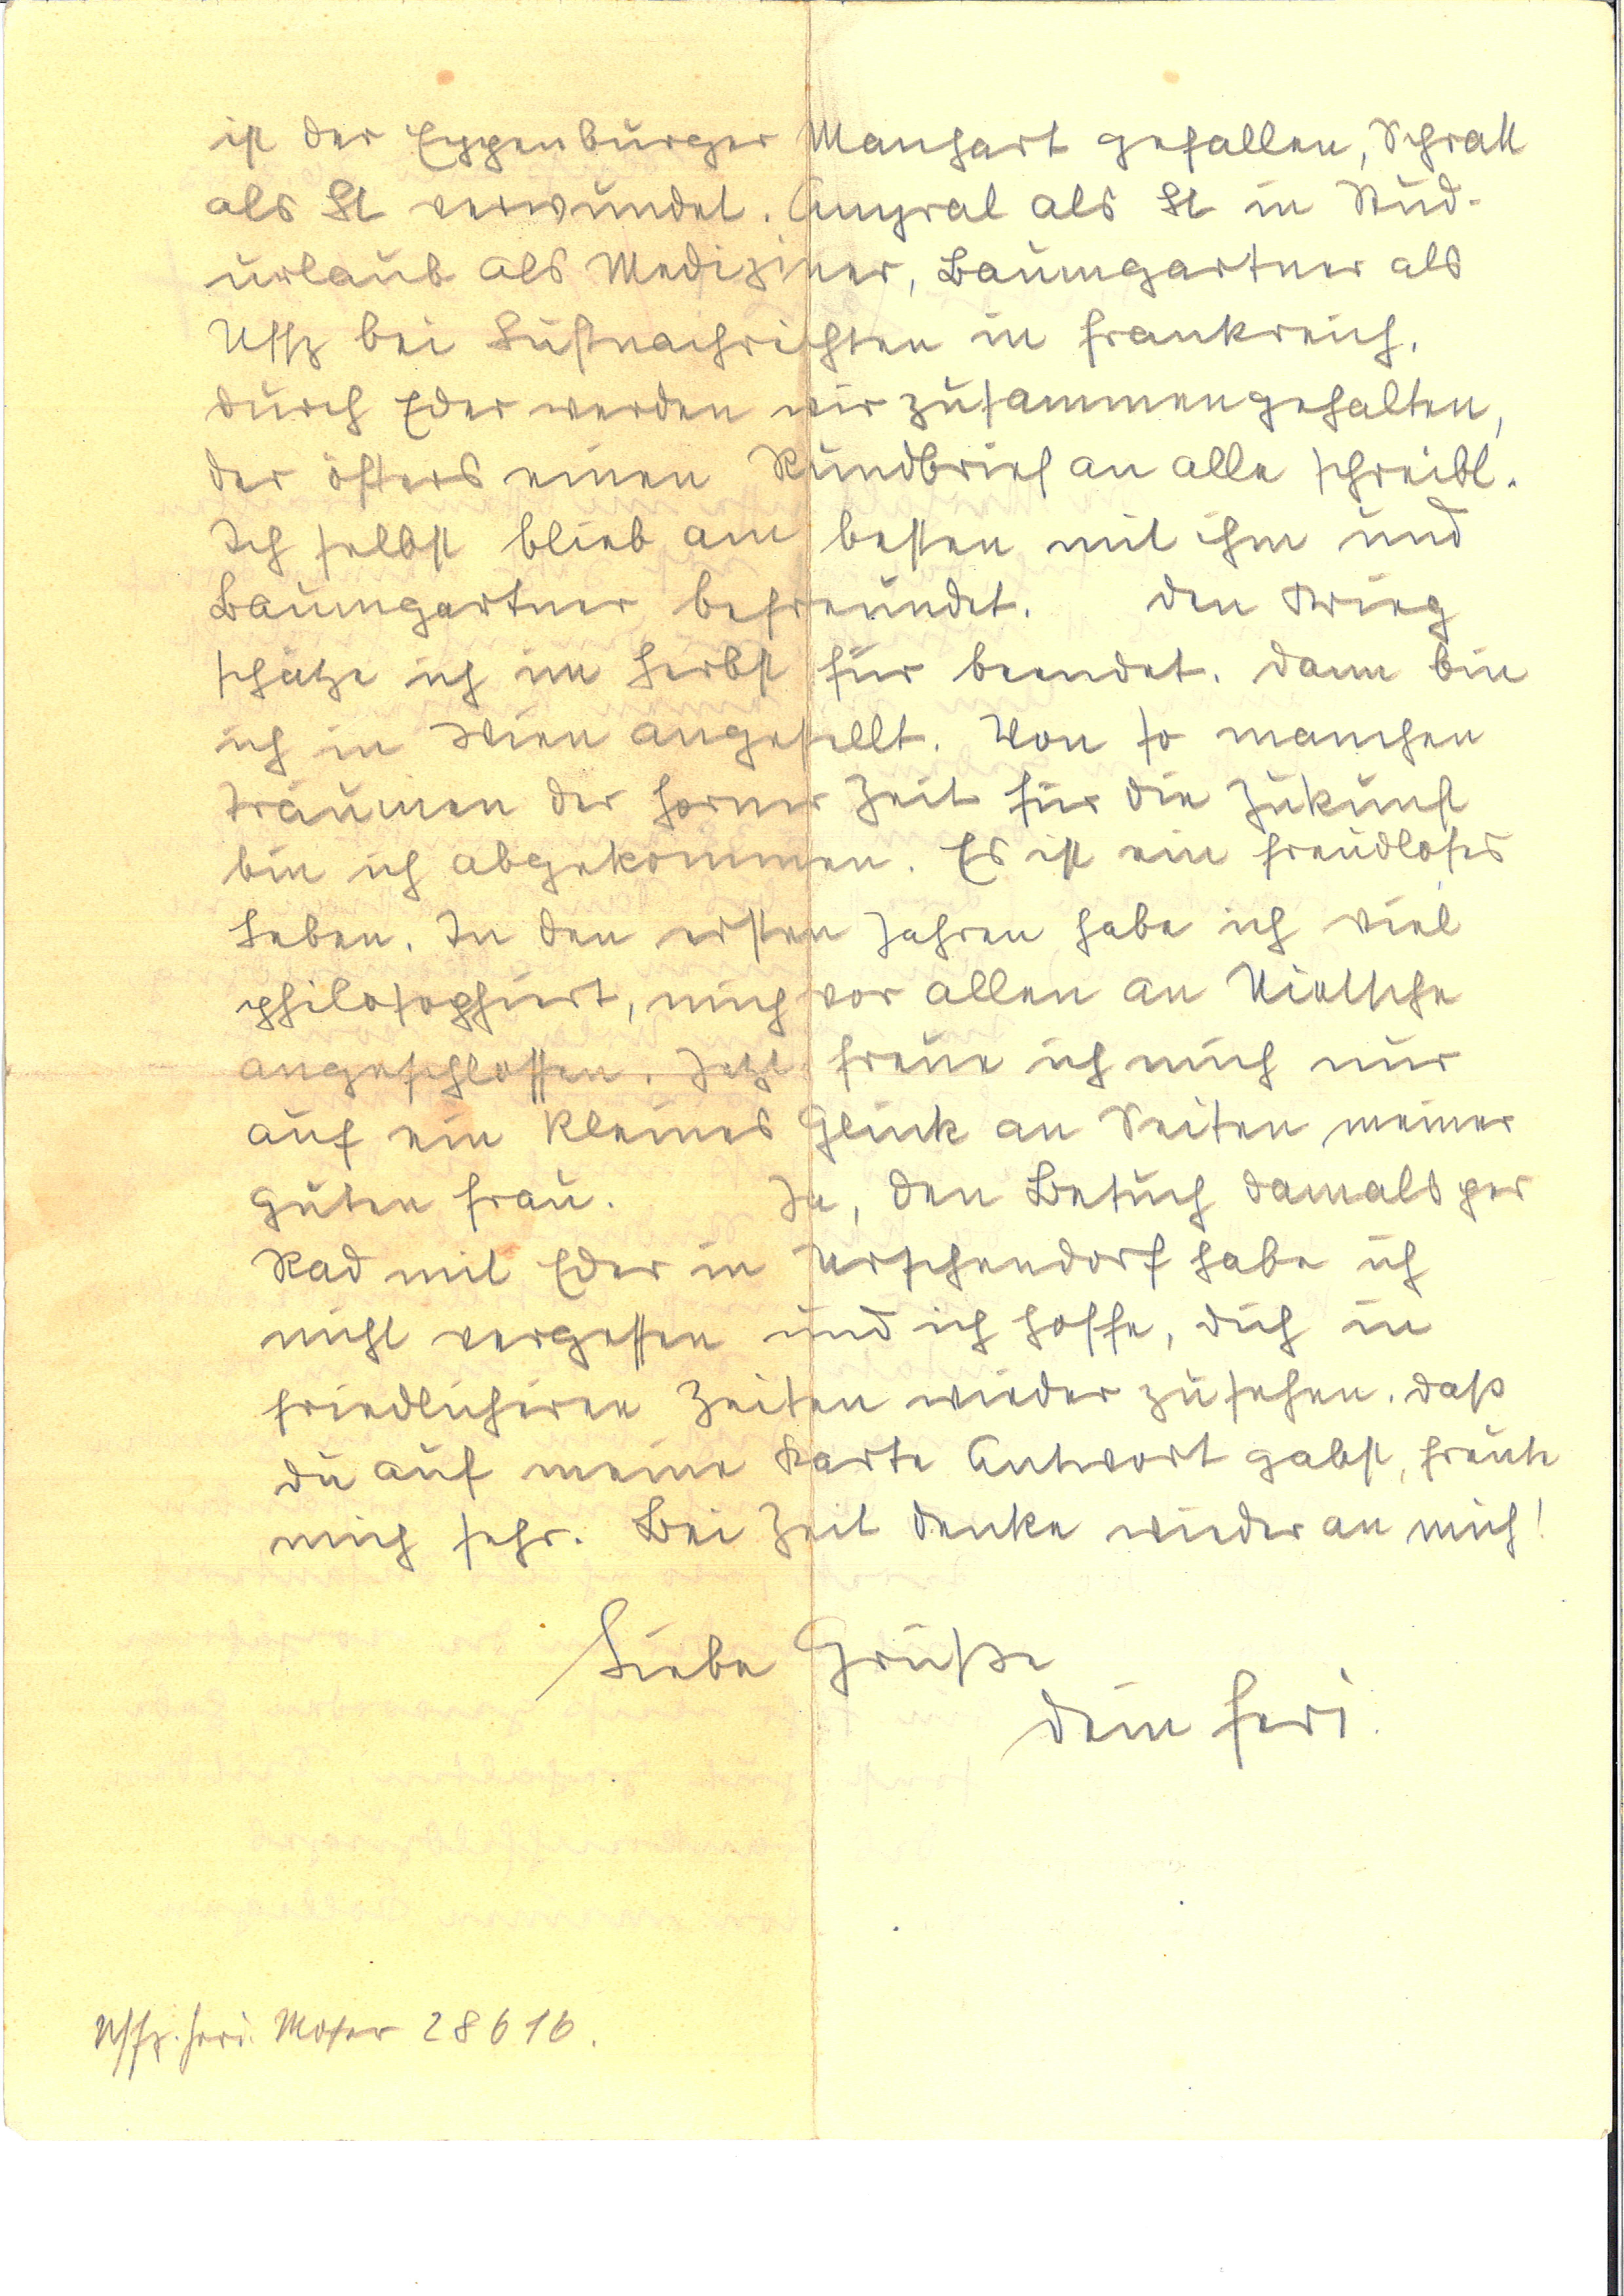
ist der Eggenburger Meinhart gefallen, Schratt
als Lt verwundet. Angral als Lt in Kind¬
urlaub als Mediziner, Baumgartner als
Uffz bei Luftnachrichten in Frankreich,
durch Eder werden wir zusammengehalten
der öfters einen Rundbrief an alle schreibt.
Ich selbst bleib am besten mit ihm und
Baumgartner befreundet. Den Krieg
schätze ich im Herbst für beendet. Dann bin
ich in Wien angestellt. Von so manchen
Träumen der Sommer Zeit für die Zukunft
bin ich abgekommen. Es ist ein freudloses
Leben. In den ersten Jahren habe ich viel
philosophiert, mich vor allem an Nietsche
angeschlossen. Jetzt freue ich mich nur
auf ein kleines Glück an Seiten meiner
Guten Frau. Ja, den Besuch damals per
Rad mit Eder in Urschendorf habe ich
nicht vergessen und ich hoffe, dich in
friedlicheren Zeiten wieder zu sehen. Daß
Du auf meine Karte Antwort gabst, freute
mich sehr. Bei Zeit denke wieder an mich!
Liebe Grüße
Dein Feri.
Uffz. Feri. Moser 28616.